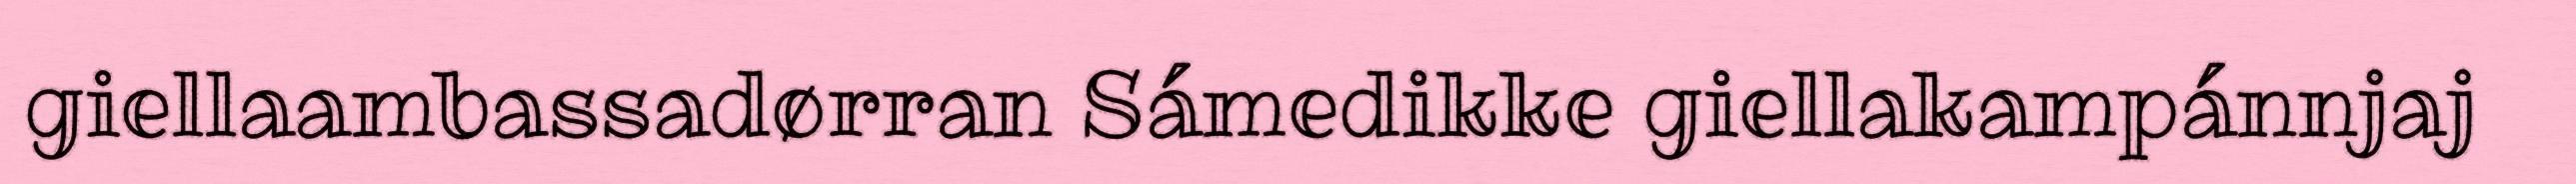
giellaambassadørran Sámedikke giellakampánnjaj